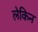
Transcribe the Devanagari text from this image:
लेकिन